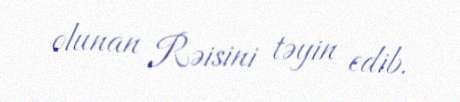
olunan Rəisini təyin edib.